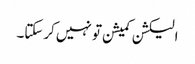
الیکشن کمیشن تو نہیں کرسکتا۔